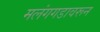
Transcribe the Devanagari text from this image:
मलंगगडावरून